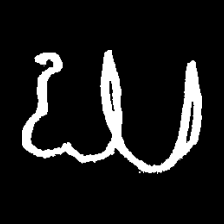
Pyu character \u2014 Myanmar letter: ဃ (romanized: gha)